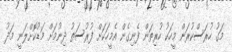
މަގު ހުރަސްކުރަން މީހަކު ހުރިތަން ފެނިގެން އެމީހަކަށް ފުރުސަތު ދިނުމަށް މަޑުކޮށްލަނީ މަދު